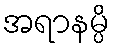
အရာနမ္ပိ